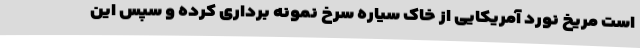
است مریخ نورد آمریکایی از خاک سیاره سرخ نمونه برداری کرده و سپس این